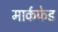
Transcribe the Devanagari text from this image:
मार्कफेड